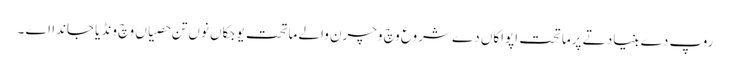
روپ دے بنیاد تے پرماتحت اپواکاں دے شروع وچ وچرن والے ماتحت یوجکاں نوں تن حصیاں وچ ونڈیا جاندا اے ۔